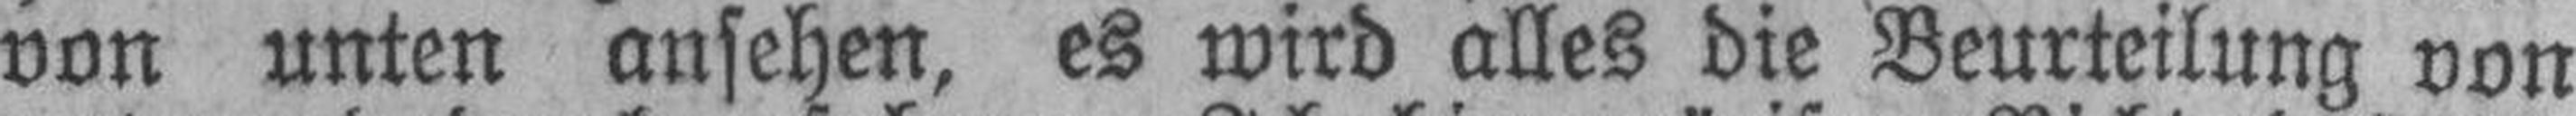
von unten ansehen, es wird alles die Beurteilung von